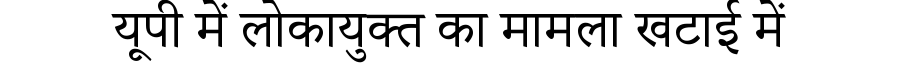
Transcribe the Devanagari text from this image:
यूपी में लोकायुक्त का मामला खटाई में